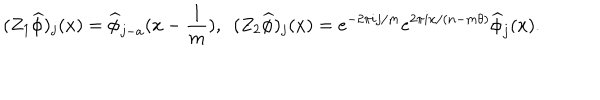
( Z _ { 1 } \widehat { \phi } ) _ { j } ( x ) = \widehat { \phi } _ { j - a } ( x - \frac { 1 } { m } ) , ~ ~ ( Z _ { 2 } \widehat { \phi } ) _ { j } ( x ) = e ^ { - 2 \pi i j / m } e ^ { 2 \pi i x / ( n - m \theta ) } \widehat { \phi } _ { j } ( x ) .